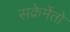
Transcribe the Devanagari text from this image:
सक्रेमेंतो